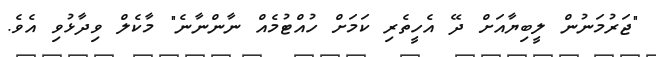
"ޖަރުމަނުން ލީބިޔާއަށް ދޭ އެހީތެރި ކަމަށް ހުއްޓުމެއް ނާންނާނެ" މާކެލް ވިދާޅުވި އެވެ.